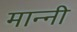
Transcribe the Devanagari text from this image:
मान्नी